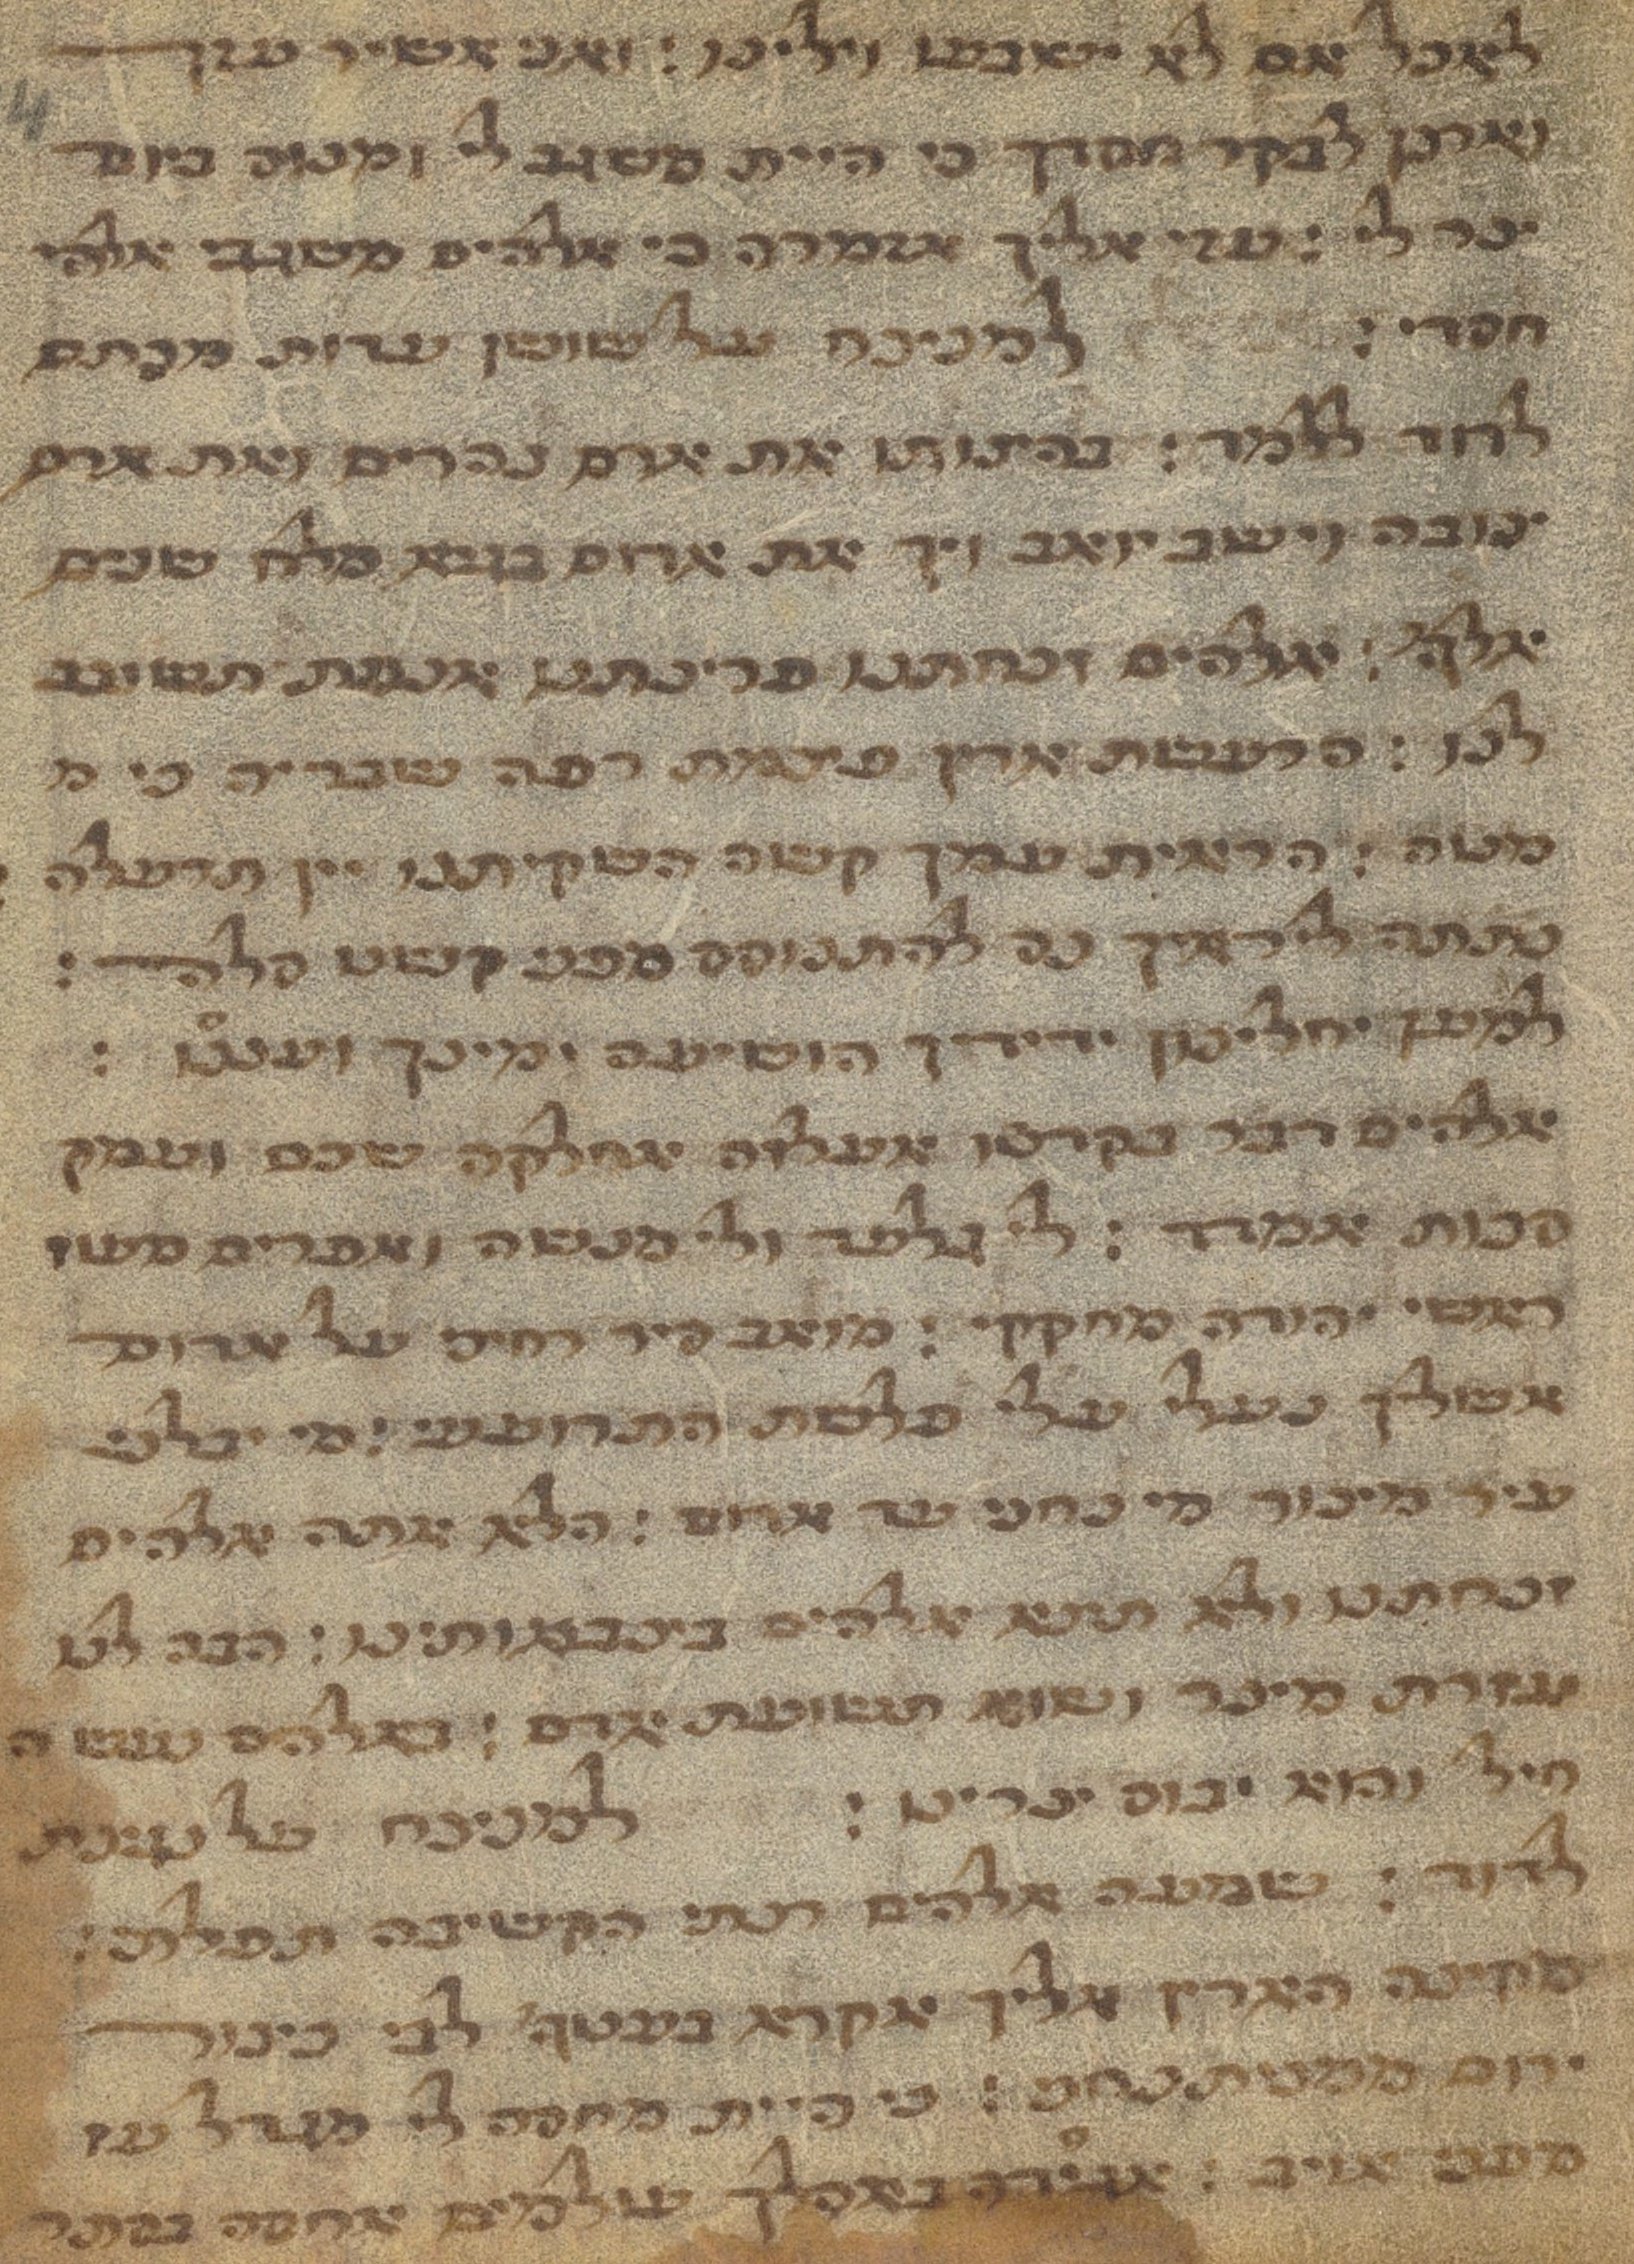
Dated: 1450–1499